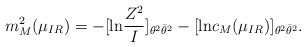
\begin{align*}m^2_M(\mu_{IR}) = -[\mbox{ln} \frac{Z^2}{I}]_{\theta^2 \bar{\theta}^2} - [\mbox{ln} c_M(\mu_{IR})]_{\theta^2 \bar{\theta}^2}.\end{align*}